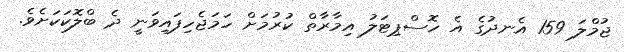
ޖުމްލަ 159 އެނދުގެ އެ ހޮސްޕިޓަލު އިމާރާތް ކުރުމަށް ހަމަޖެހިފައިވަނީ ދެ ބްލޮކަކަށެވެ.